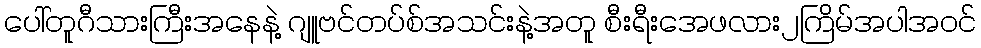
ပေါ်တူဂီသားကြီးအနေနဲ့ ဂျူဗင်တပ်စ်အသင်းနဲ့အတူ စီးရီးအေဖလား၂ကြိမ်အပါအဝင်